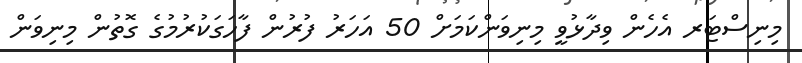
މިނިސްޓަރ އެހެން ވިދާޅުވީ މިނިވަންކަމަށް 50 އަހަރު ފުރުން ފާހަގަކުރުމުގެ ގޮތުން މިނިވަން